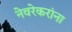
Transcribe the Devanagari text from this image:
नेवरेकरांना